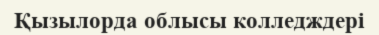
Қызылорда облысы колледждері